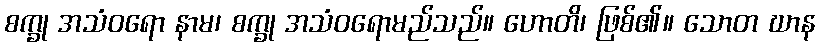
စက္ခု အသံဝရော နာမ၊ စက္ခု အသံဝရောမည်သည်။ ဟောတိ၊ ဖြစ်၏။ သောတ ဃာန